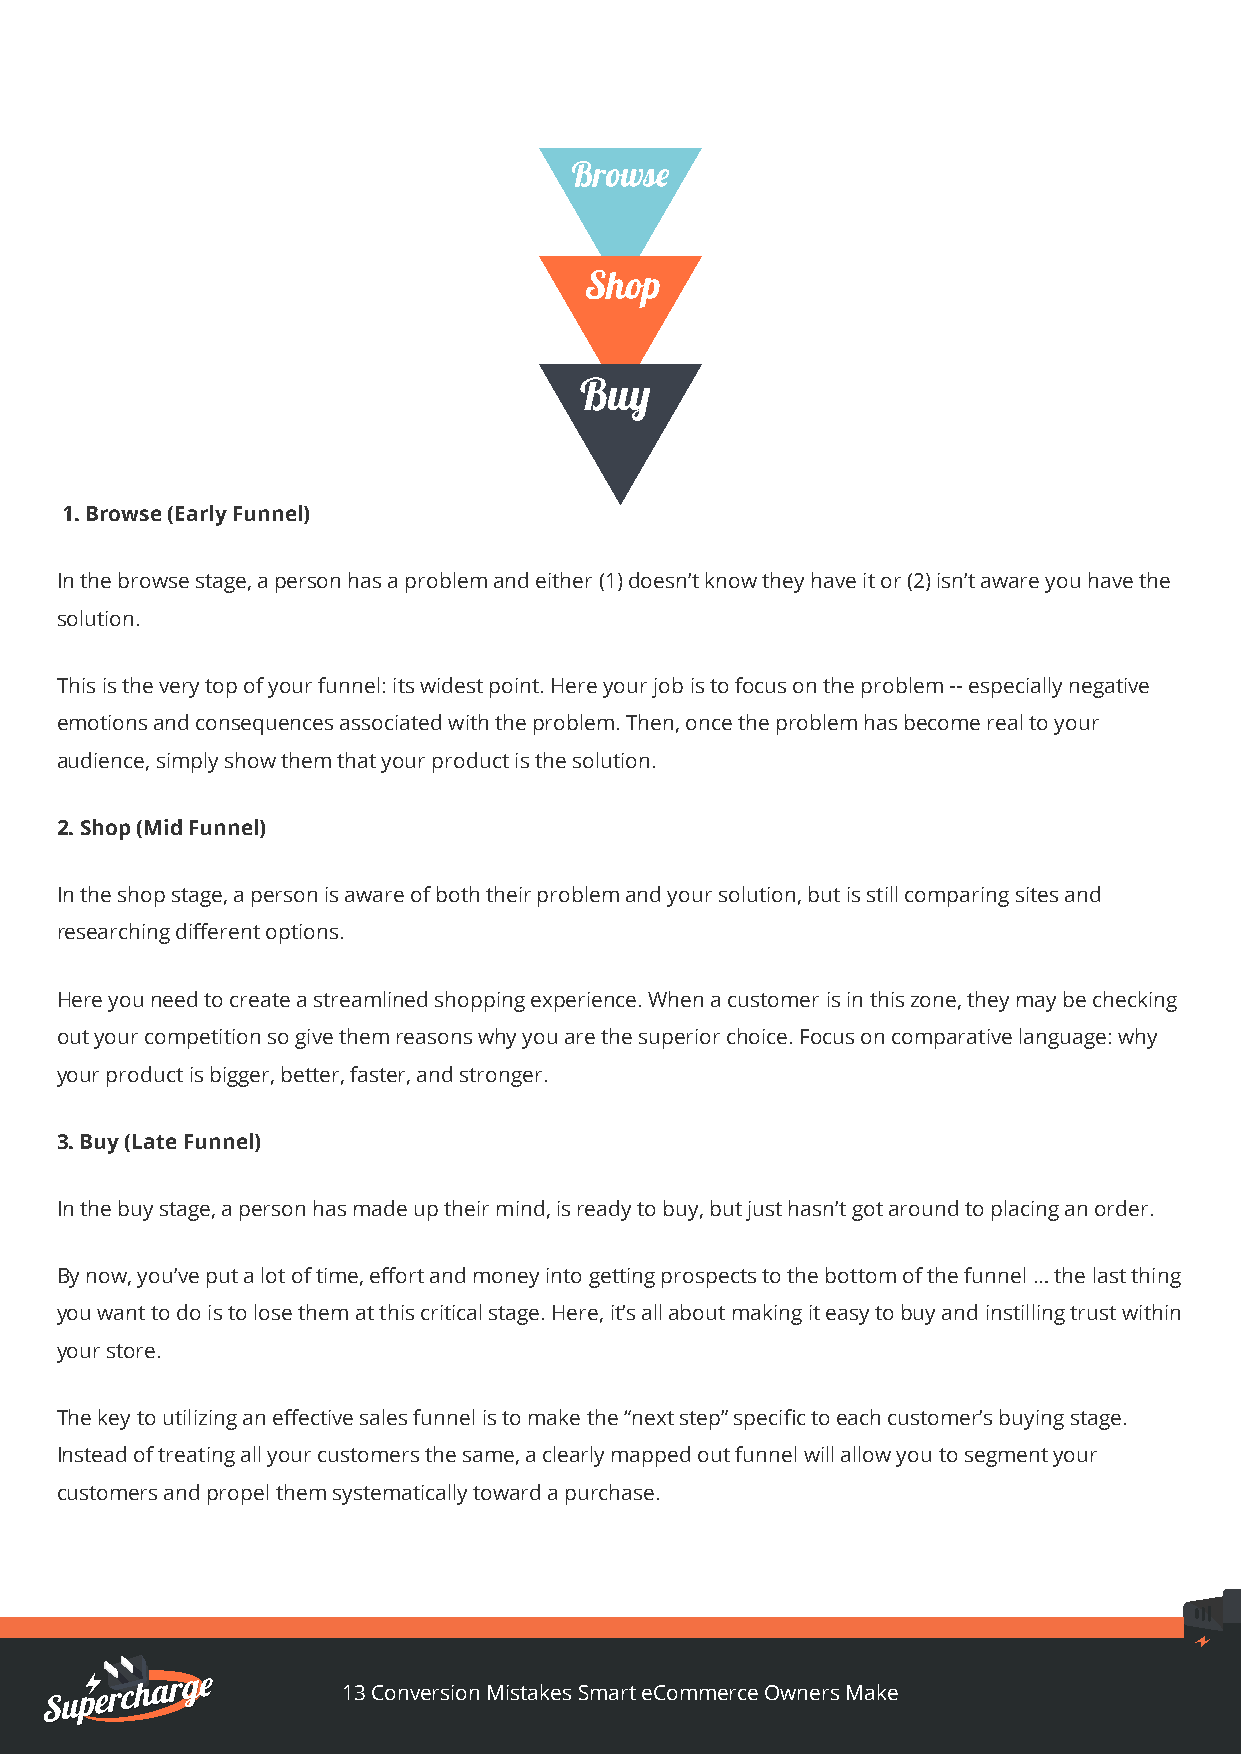
1. Browse (Early Funnel)
 In the browse stage, a person has a problem and either (1) doesn’t know they have it or (2) isn’t aware you have the
 solution.
 This is the very top of your funnel: its widest point. Here your job is to focus on the problem -- especially negative
 emotions and consequences associated with the problem. Then, once the problem has become real to your
 audience, simply show them that your product is the solution.
 2. Shop (Mid Funnel)
 In the shop stage, a person is aware of both their problem and your solution, but is still comparing sites and
 researching different options.
 Here you need to create a streamlined shopping experience. When a customer is in this zone, they may be checking
 out your competition so give them reasons why you are the superior choice. Focus on comparative language: why
 your product is bigger, better, faster, and stronger.
 3. Buy (Late Funnel)
 In the buy stage, a person has made up their mind, is ready to buy, but just hasn’t got around to placing an order.
 By now, you’ve put a lot of time, effort and money into getting prospects to the bottom of the funnel … the last thing
 you want to do is to lose them at this critical stage. Here, it’s all about making it easy to buy and instilling trust within
 your store.
 The key to utilizing an effective sales funnel is to make the “next step” specific to each customer’s buying stage.
 Instead of treating all your customers the same, a clearly mapped out funnel will allow you to segment your
 customers and propel them systematically toward a purchase.
 13 Conversion Mistakes Smart eCommerce Owners Make